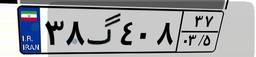
۳۸گ۴۰۸۳۷